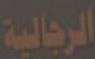
الرجالية